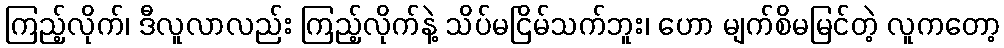
ကြည့်လိုက်၊ ဒီလူလာလည်း ကြည့်လိုက်နဲ့ သိပ်မငြိမ်သက်ဘူး၊ ဟော မျက်စိမမြင်တဲ့ လူကတော့